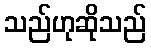
သည်ဟုဆိုသည်